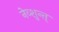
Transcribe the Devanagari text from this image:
नेव्शुन्त्